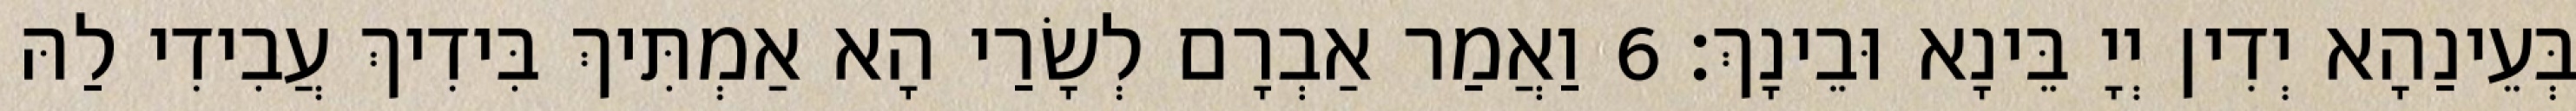
בְּעֵינַהָא יְדִין יְיָ בֵּינָא וּבֵינָךְ׃ 6 וַאֲמַר אַבְרָם לְשָׂרַי הָא אַמְתִּיךְ בִּידִיךְ עֲבִידִי לַהּ